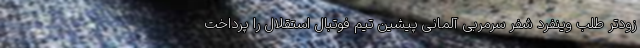
زودتر طلب وینفرد شفر سرمربی آلمانی پیشین تیم فوتبال استقلال را پرداخت